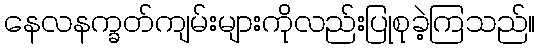
နေလနက္ခတ်ကျမ်းများကိုလည်းပြုစုခဲ့ကြသည်။